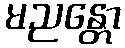
မညန္တော